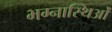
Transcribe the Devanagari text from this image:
भग्नास्थिओं